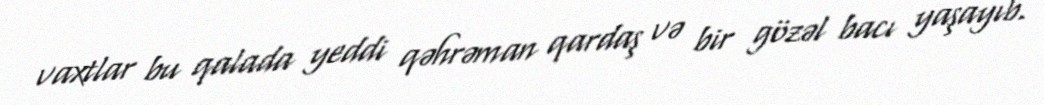
vaxtlar bu qalada yeddi qəhrəman qardaş və bir gözəl bacı yaşayıb.